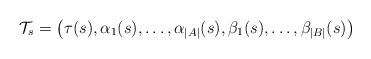
LaTeX: \begin{align*}\mathcal{T}_{s}=\left(\tau(s),\alpha_{1}(s),\ldots,\alpha_{|A|}(s),\beta_{1}(s),\ldots,\beta_{|B|}(s)\right)\end{align*}